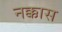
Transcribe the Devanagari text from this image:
नक्कास